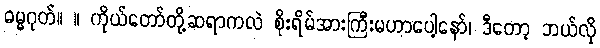
ဓမ္မဂုတ်။ ။ ကိုယ်တော်တို့ဆရာကလဲ စိုးရိမ်အားကြီးမဟာပေါ့နော်၊ ဒီတော့ ဘယ်လို